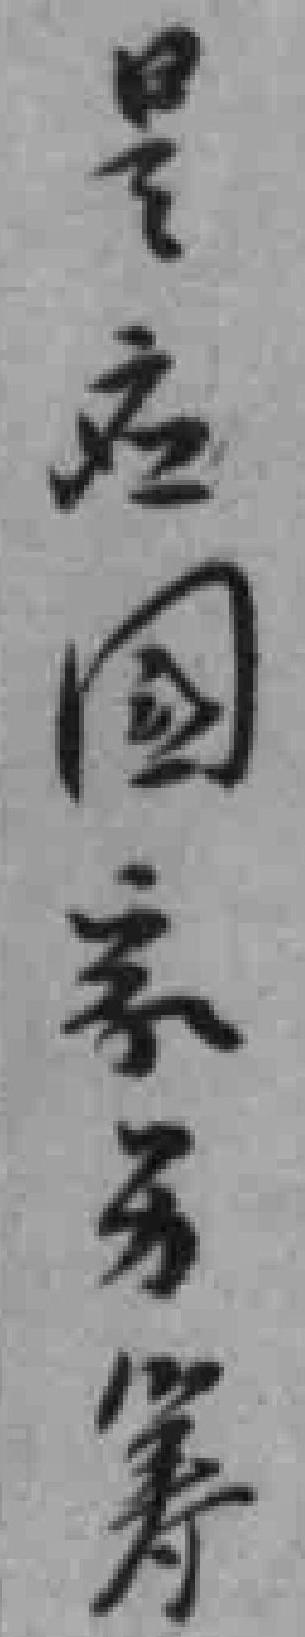
是应國家*筹